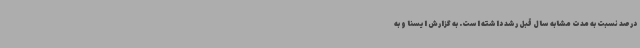
درصد نسبت به مدت مشابه سال قبل رشد داشته است. به گزارش ایسنا و به